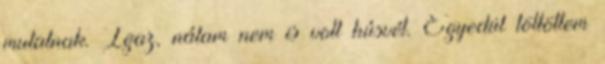
mutatnak. Igaz, nálam nem is volt húsvét. Egyedül töltöttem